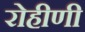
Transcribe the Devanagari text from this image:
रोहीणी